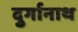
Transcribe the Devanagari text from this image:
दुर्गानाथ